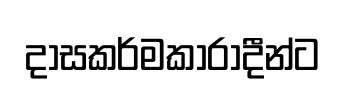
දාසකර්මකාරාදීන්ට